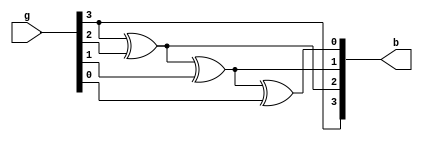
module Gray_to_Binary(b,g);
input [3:0]g;
output [3:0]b;
buf(b[3],g[3]);
xor(b[2],b[3],g[2]);
xor(b[1],b[2],g[1]);
xor(b[0],b[1],g[0]);
endmodule

module Gray_to_Binary_tb;
reg [3:0]g;
wire [3:0]b;
Gray_to_Binary g_to_b(b,g);
initial begin 
g=4'b0000; #50;
g=4'b0001; #50;
g=4'b0010; #50;
g=4'b0011; #50;
g=4'b0100; #50;
g=4'b0101; #50;
g=4'b0110; #50;
g=4'b0111; #50;
g=4'b1000; #50;
g=4'b1001; #50;
g=4'b1010; #50;
g=4'b1011; #50;
g=4'b1100; #50;
g=4'b1101; #50;
g=4'b1110; #50;
g=4'b1111; #50;
end endmodule